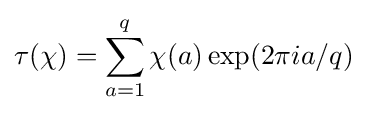
\tau (\chi )=\sum _{a=1}^{q}\chi (a)\exp(2\pi ia/q)